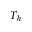
T _ { h }